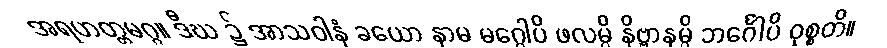
အရဟတ္တမဂ္ဂ။ ဒီဃ ၌ အာသဝါနံ ခယော နာမ မဂ္ဂေါပိ ဖလမ္ပိ နိဗ္ဗာနမ္ပိ ဘင်္ဂေါပိ ဝုစ္စတိ။